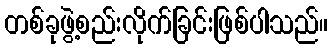
တစ်ခုဖွဲ့စည်းလိုက်ခြင်းဖြစ်ပါသည်။